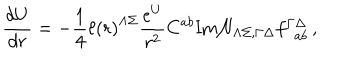
LaTeX: { \frac { d { U } } { d r } } = - { \frac { 1 } { 4 } } \ell \left( r \right) ^ { \Lambda \Sigma } { \frac { e ^ { U } } { r ^ { 2 } } } C ^ { a b } \mathrm { I m } { \cal N } _ { \Lambda \Sigma , \Gamma \Delta } f _ { ~ ~ a b } ^ { \Gamma \Delta } \, ,